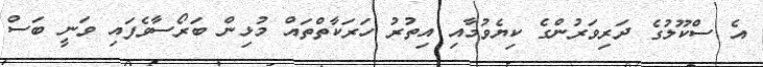
އެ ސްކޫލުގެ ދަރިވަރުންގެ ކިޔެވުމާއި އިތުރު ހަރަކާތްތައް މުޅިން ބަރޯސާވެފައި ވަނީ ބަސް